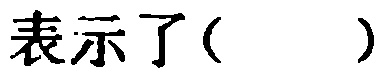
表示了( )